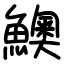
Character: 𩼈